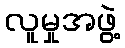
လူမှုအဖွဲ့